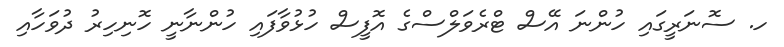
ހ. ސޮނަރީގައި ހުންނަ އޭސް ޓްރެވަލްސްގެ އޮފީސް ހުޅުވާފައި ހުންނާނީ ހޮނިހިރު ދުވަހާއި